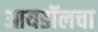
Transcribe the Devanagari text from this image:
आयडॉलचा